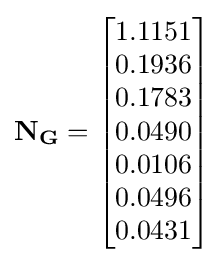
\mathbf {N_{G}} ={\begin{bmatrix}1.1151\\0.1936\\0.1783\\0.0490\\0.0106\\0.0496\\0.0431\end{bmatrix}}